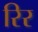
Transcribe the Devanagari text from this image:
रिर